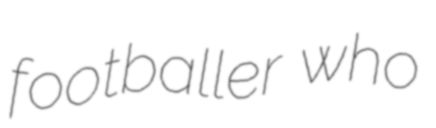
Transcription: footballer who